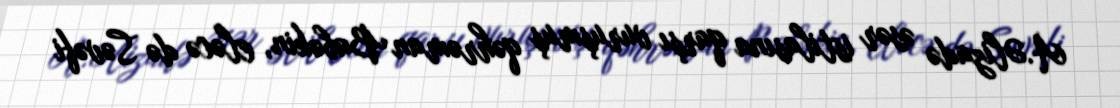
A.Əlizadə əsər istilasına qarşı vuruşmuş qəhrəman Babəkin, eləcə də Səvəfi